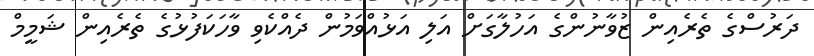
ދަރުސްގެ ތެރެއިން ޒުވާނުންގެ އަހުލާގަށް އަލި އަޅުއްވަމުން ދެއްކެވި ވާހަކަފުޅުގެ ތެރެއިން ޝަމީމް